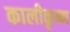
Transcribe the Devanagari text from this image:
कालीकृष्ण